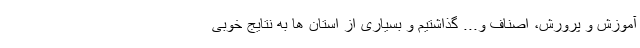
آموزش و پرورش، اصناف و... گذاشتیم و بسیاری از استان‌ ها به نتایج خوبی